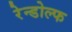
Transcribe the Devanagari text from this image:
रेन्डोल्फ